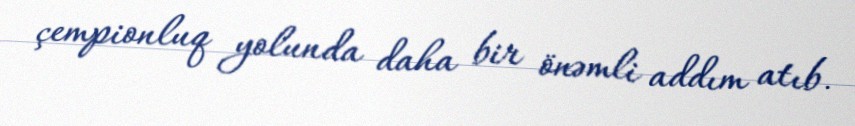
çempionluq yolunda daha bir önəmli addım atıb.